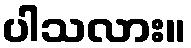
ပါသလား။